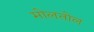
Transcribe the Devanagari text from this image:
मोलतोल